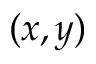
( x , y )